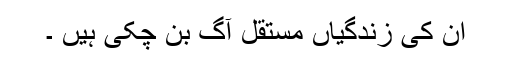
ان کی زندگیاں مستقل آگ بن چکی ہیں ۔